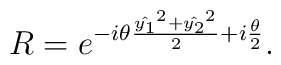
R=e^{-i\theta\frac{\hat{y_1}^2+\hat{y_2}^2}{2}+i\frac{\theta}{2}}.